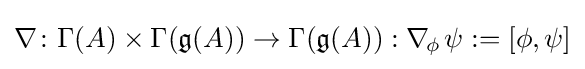
\nabla \colon \Gamma (A)\times \Gamma ({\mathfrak {g}}(A))\to \Gamma ({\mathfrak {g}}(A)):\nabla _{\!\phi \,}\psi :=[\phi ,\psi ]